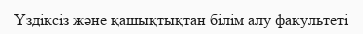
Үздіксіз және қашықтықтан білім алу факультеті